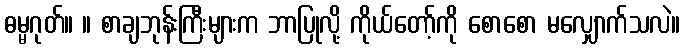
ဓမ္မဂုတ်။ ။ စာချဘုန်းကြီးများက ဘာပြုလို့ ကိုယ်တော့်ကို စောစော မလျှောက်သလဲ။